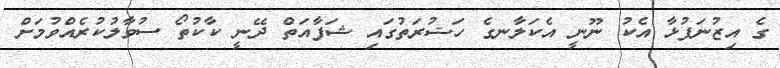
ގެ އިޒުނަފުޅާ އެކު ނޫނީ އެކަލާނގެ ހަޟުރަތުގައި ޝަފާއަތް ދޭނީ ކާކުތޯ ސުވާލުކުރެއްވުމަށް